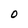
Character: O